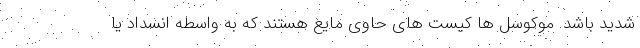
شدید باشد. موکوسل ها کیست های حاوی مایع هستند که به واسطه انسداد یا